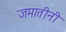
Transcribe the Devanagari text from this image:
जमातीनी